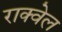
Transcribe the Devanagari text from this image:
राक्वेल